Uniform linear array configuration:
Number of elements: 4
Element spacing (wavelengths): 1
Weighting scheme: kaiser
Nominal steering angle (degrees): -45
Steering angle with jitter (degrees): -43.09
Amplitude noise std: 0.05
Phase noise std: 0.05

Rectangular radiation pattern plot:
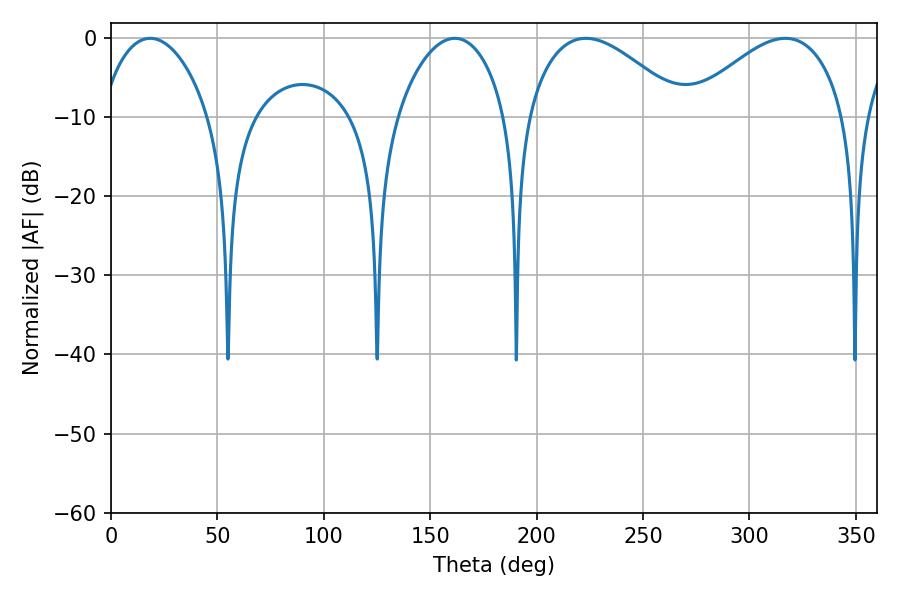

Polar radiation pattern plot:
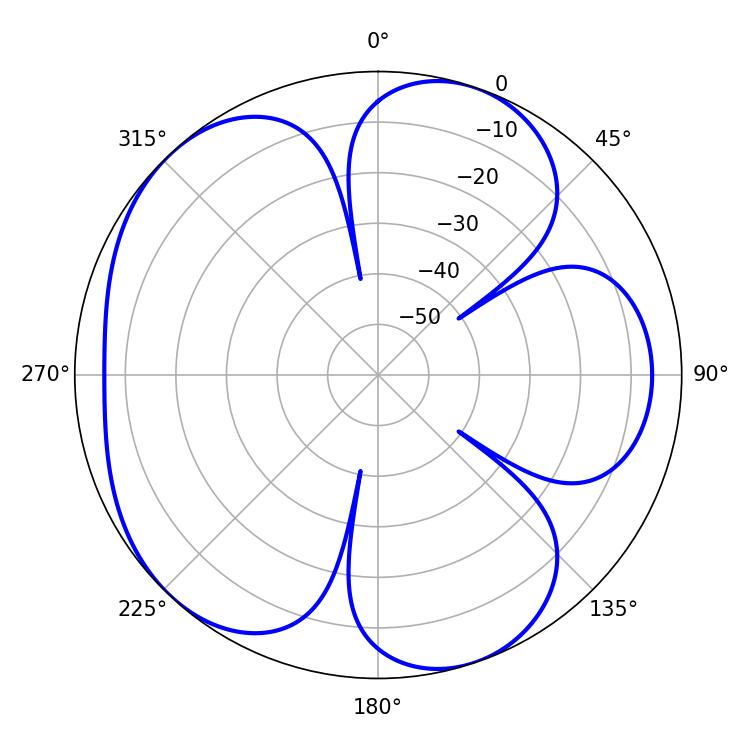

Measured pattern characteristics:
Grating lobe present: TRUE
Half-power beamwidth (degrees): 40.14
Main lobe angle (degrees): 223.2